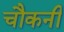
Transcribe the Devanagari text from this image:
चौकनी